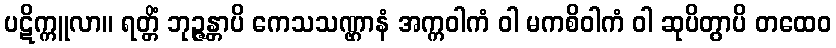
ပဋိက္ကူလာ။ ရတ္တိံ ဘုဉ္ဇန္တာပိ ကေသသဏ္ဌာနံ အက္ကဝါကံ ဝါ မကစိဝါကံ ဝါ ဆုပိတွာပိ တထေဝ